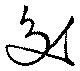
交